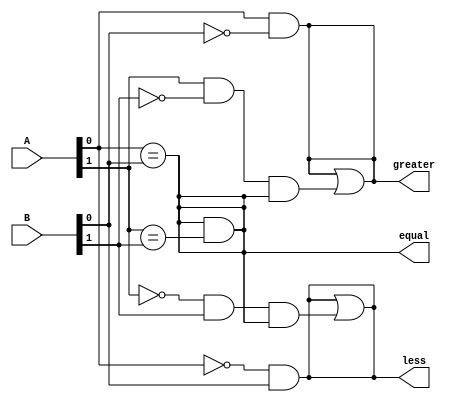
module ParallelComparator (
    input [7:0] A,
    input [7:0] B,
    output equal,
    output greater,
    output less
);

// Stage 0 comparison (LSB)
assign equal = (A[0] == B[0]);
assign greater = (A[0] && !B[0]);
assign less = (!A[0] && B[0]);

// Stage 1 comparison (next bit)
assign equal = equal && (A[1] == B[1]);
assign greater = greater || (A[1] && !B[1] && equal);
assign less = less || (!A[1] && B[1] && equal);

// Continue this process for the remaining bits ...

endmodule